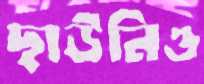
ছাউনিও